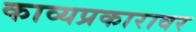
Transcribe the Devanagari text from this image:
काव्यप्रकारावर